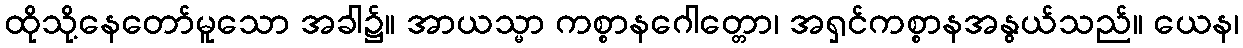
ထိုသို့နေတော်မူသော အခါ၌။ အာယသ္မာ ကစ္စာနဂေါတ္တော၊ အရှင်ကစ္စာနအနွယ်သည်။ ယေန၊